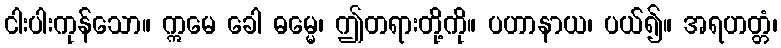
ငါးပါးကုန်သော။ ဣမေ ခေါ ဓမ္မေ၊ ဤတရားတို့ကို။ ပဟာနာယ၊ ပယ်၍။ အရဟတ္တံ၊